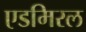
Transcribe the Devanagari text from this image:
एडमिरल